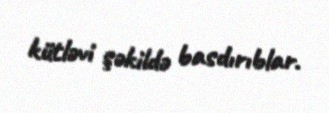
kütləvi şəkildə basdırıblar.